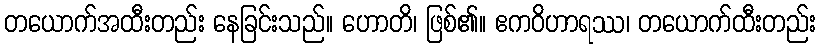
တယောက်အထီးတည်း နေခြင်းသည်။ ဟောတိ၊ ဖြစ်၏။ ဧကဝိဟာရဿ၊ တယောက်ထီးတည်း